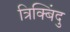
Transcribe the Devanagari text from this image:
त्रिक्बिंदु